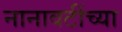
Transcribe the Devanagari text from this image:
नानावटींच्या